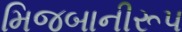
મિજબાનીરૂપ